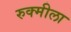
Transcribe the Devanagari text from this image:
रुक्मीला